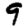
Digit: 9